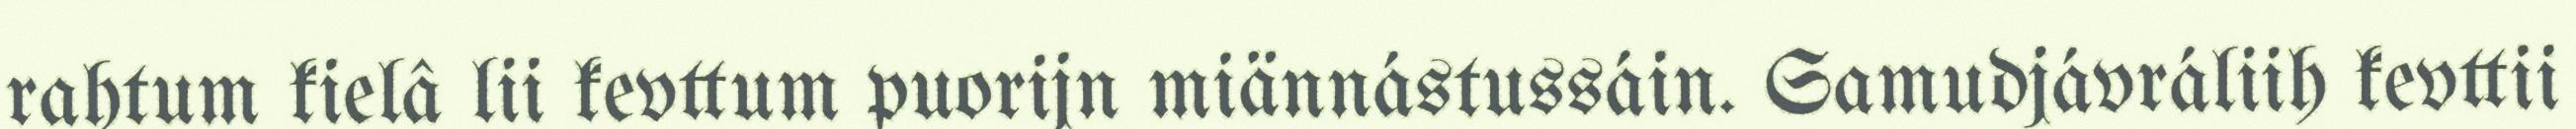
rahtum kielâ lii kevttum puorijn miännástussáin. Samudjávráliih kevttii